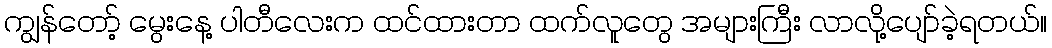
ကျွန်တော့် မွေးနေ့ ပါတီလေးက ထင်ထားတာ ထက်လူတွေ အများကြီး လာလို့ပျော်ခဲ့ရတယ်။